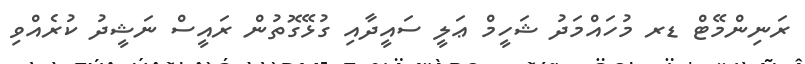
ރަނިންމޭޓް ޑރ މުހައްމަދު ޝަހީމް ޢަލީ ސައީދާއި ގުޅޭގޮތުން ރައީސް ނަޝީދު ކުރެއްވި